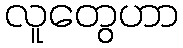
လူတွေဟာ